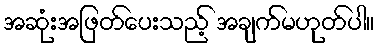
အဆုံးအဖြတ်ပေးသည့် အချက်မဟုတ်ပါ။